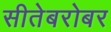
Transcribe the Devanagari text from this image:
सीतेबरोबर